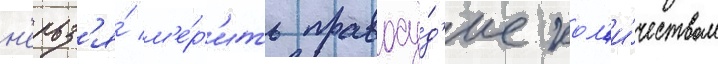
н'ельз'я́ м'е́р'ить правосу́д'ие кол'и́чеством